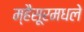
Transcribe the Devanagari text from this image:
म्हैसूरमधले